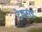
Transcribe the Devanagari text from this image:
टेक्सड